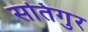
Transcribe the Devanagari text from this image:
सतिगुर